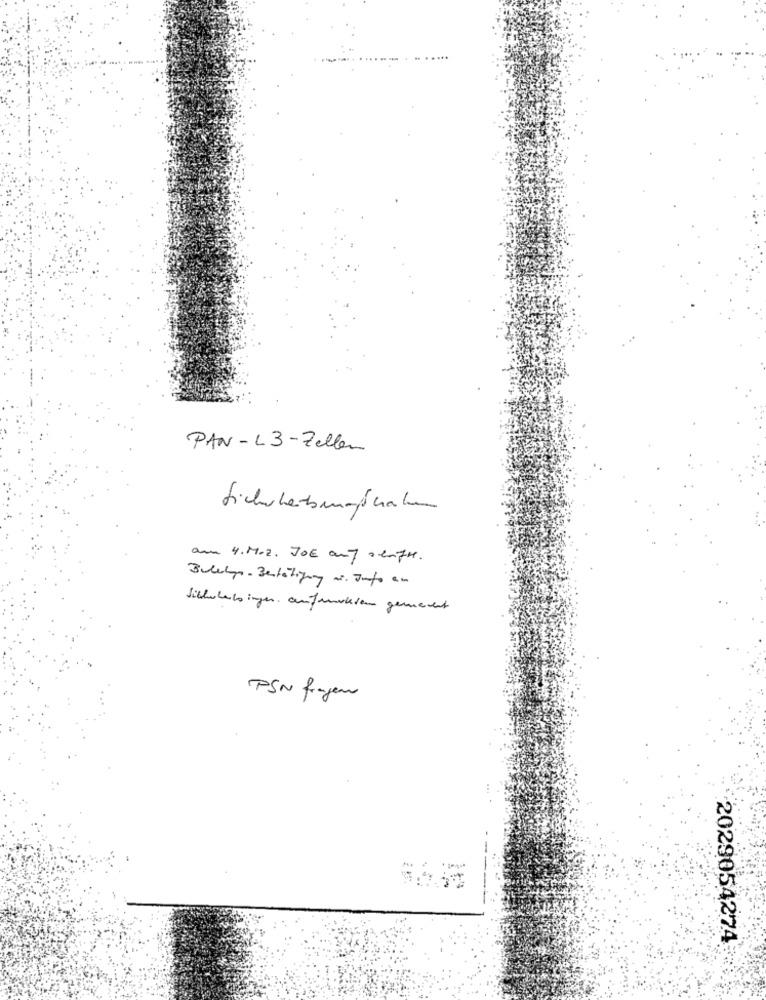
PAN- L3 -Zellen
am 4. M.Z. JOE and sempre.
Sichwhats ingen. aufunskien gemevent
PSN fragen
+ 1
2029054274